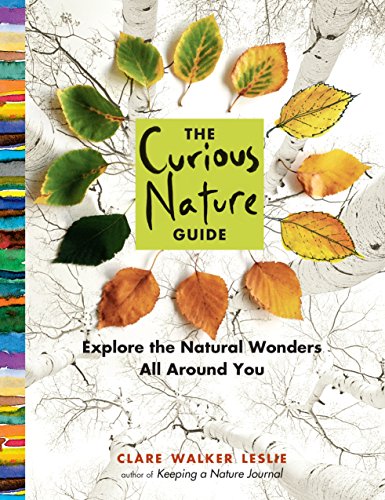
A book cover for The Curious Nature Guide: Explore the Natural Wonders All Around You; Clare Walker Leslie; Science & Math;